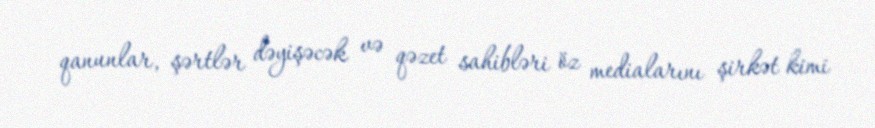
qanunlar, şərtlər dəyişəcək və qəzet sahibləri öz medialarını şirkət kimi